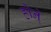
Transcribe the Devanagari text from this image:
होने्